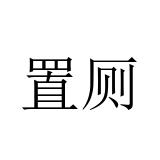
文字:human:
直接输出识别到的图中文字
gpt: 置厕